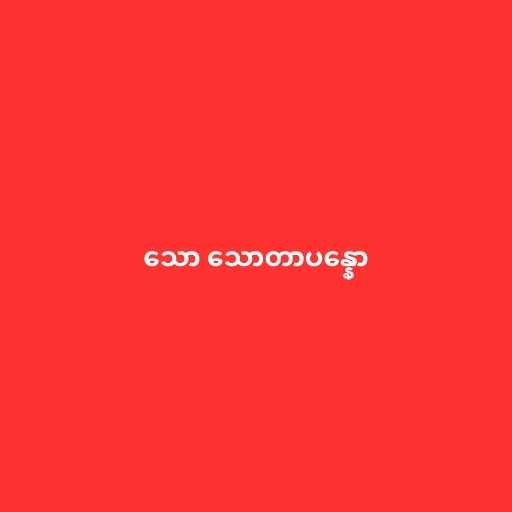
သော သောတာပန္နော